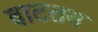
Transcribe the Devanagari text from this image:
वाटतय